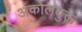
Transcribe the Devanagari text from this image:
अंकोलयुक्त